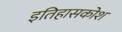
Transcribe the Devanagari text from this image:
इतिहासकोश